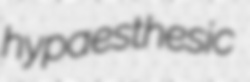
hypaesthesic